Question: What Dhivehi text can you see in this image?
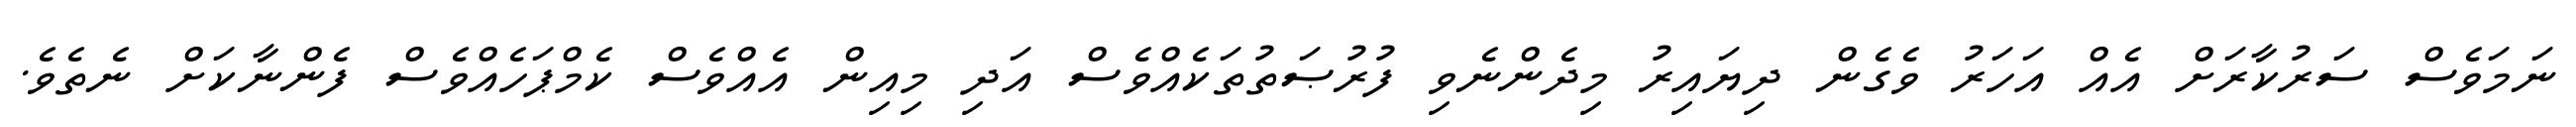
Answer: ނަމަވެސް ސަރުކާރަށް އެއް އަހަރު ވެގެން ދިޔައިރު މިދެންނެވި ފުރުޞަތުތަކެއްވެސް އަދި މިއިން އެއްވެސް ކެމްޕަހެއްވެސް ފެންނާކަށް ނެތެވެ.